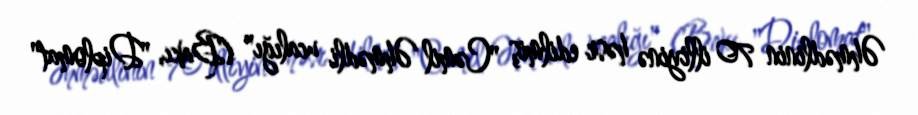
Əhmədlinin 70 illiyinə həsr edilmiş "Cəmil Əhmədli ucalığı" (Bakı, "Diplomat"